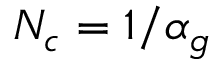
N _ { c } = 1 / \alpha _ { g }